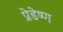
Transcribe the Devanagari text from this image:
प्रेडेष्ण